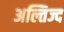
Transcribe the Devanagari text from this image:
अल्तिज्द